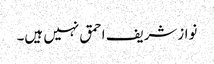
نوازشریف احمق نہیں ہیں۔